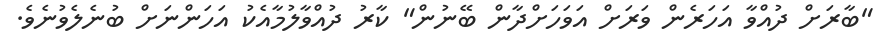
"ބާރަށް ދުއްވާ އަހަރެން ވަރަށް އަވަހަށްދާން ބޭނުން" ކާރު ދުއްވާލުމާއެކު އަހަންނަށް ބުނެލެވުނެވެ.